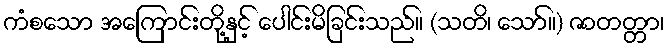
ကံစသော အကြောင်းတို့နှင့် ပေါင်းမိခြင်းသည်။ (သတိ၊ သော်။) ဇာတတ္တာ၊